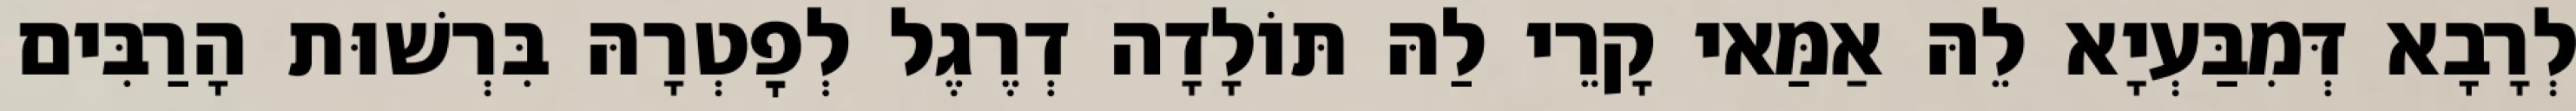
לְרָבָא דְּמִבַּעְיָא לֵהּ אַמַּאי קָרֵי לַהּ תּוֹלָדָה דְרֶגֶל לְפׇטְרָהּ בִּרְשׁוּת הָרַבִּים